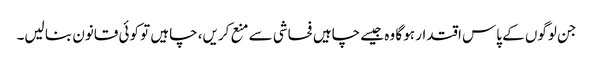
جن لوگوں کے پاس اقتدار ہو گا وہ جیسے چاہیں فحاشی سے منع کریں، چاہیں تو کوئی قانون بنا لیں۔